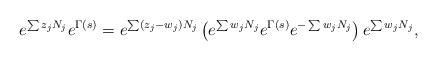
LaTeX: \begin{align*}e^{\sum z_j N_j} e^{\Gamma(s)} = e^{\sum (z_j - w_j) N_j} \left( e^{\sum w_j N_j} e^{\Gamma(s)} e^{-\sum w_j N_j} \right)e^{\sum w_j N_j},\end{align*}